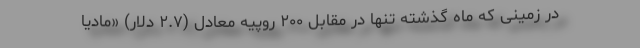
در زمینی که ماه گذشته تنها در مقابل ۲۰۰ روپیه معادل (۲.۷ دلار) «مادیا